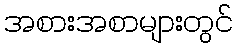
အစားအစာများတွင်